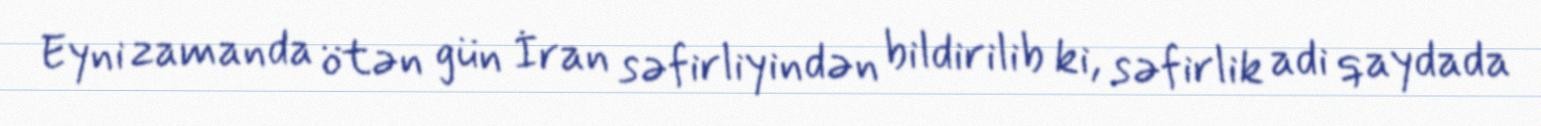
Eyni zamanda ötən gün İran səfirliyindən bildirilib ki, səfirlik adi qaydada